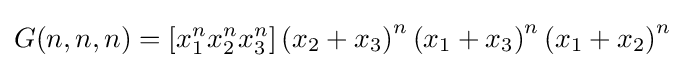
G(n,n,n)=\left[x_{1}^{n}x_{2}^{n}x_{3}^{n}\right]\left(x_{2}+x_{3}\right)^{n}\left(x_{1}+x_{3}\right)^{n}\left(x_{1}+x_{2}\right)^{n}